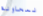
لمحاولة